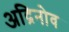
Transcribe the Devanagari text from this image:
अद्रिनोव